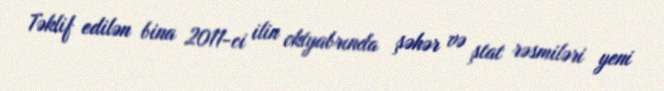
Təklif edilən bina 2011-ci ilin oktyabrında şəhər və ştat rəsmiləri yeni